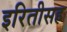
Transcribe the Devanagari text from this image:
इरितीसह